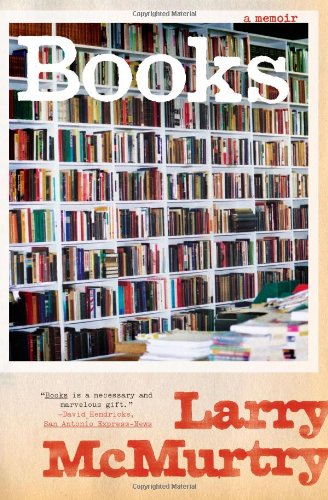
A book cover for Books: A Memoir; Larry McMurtry; Crafts, Hobbies & Home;